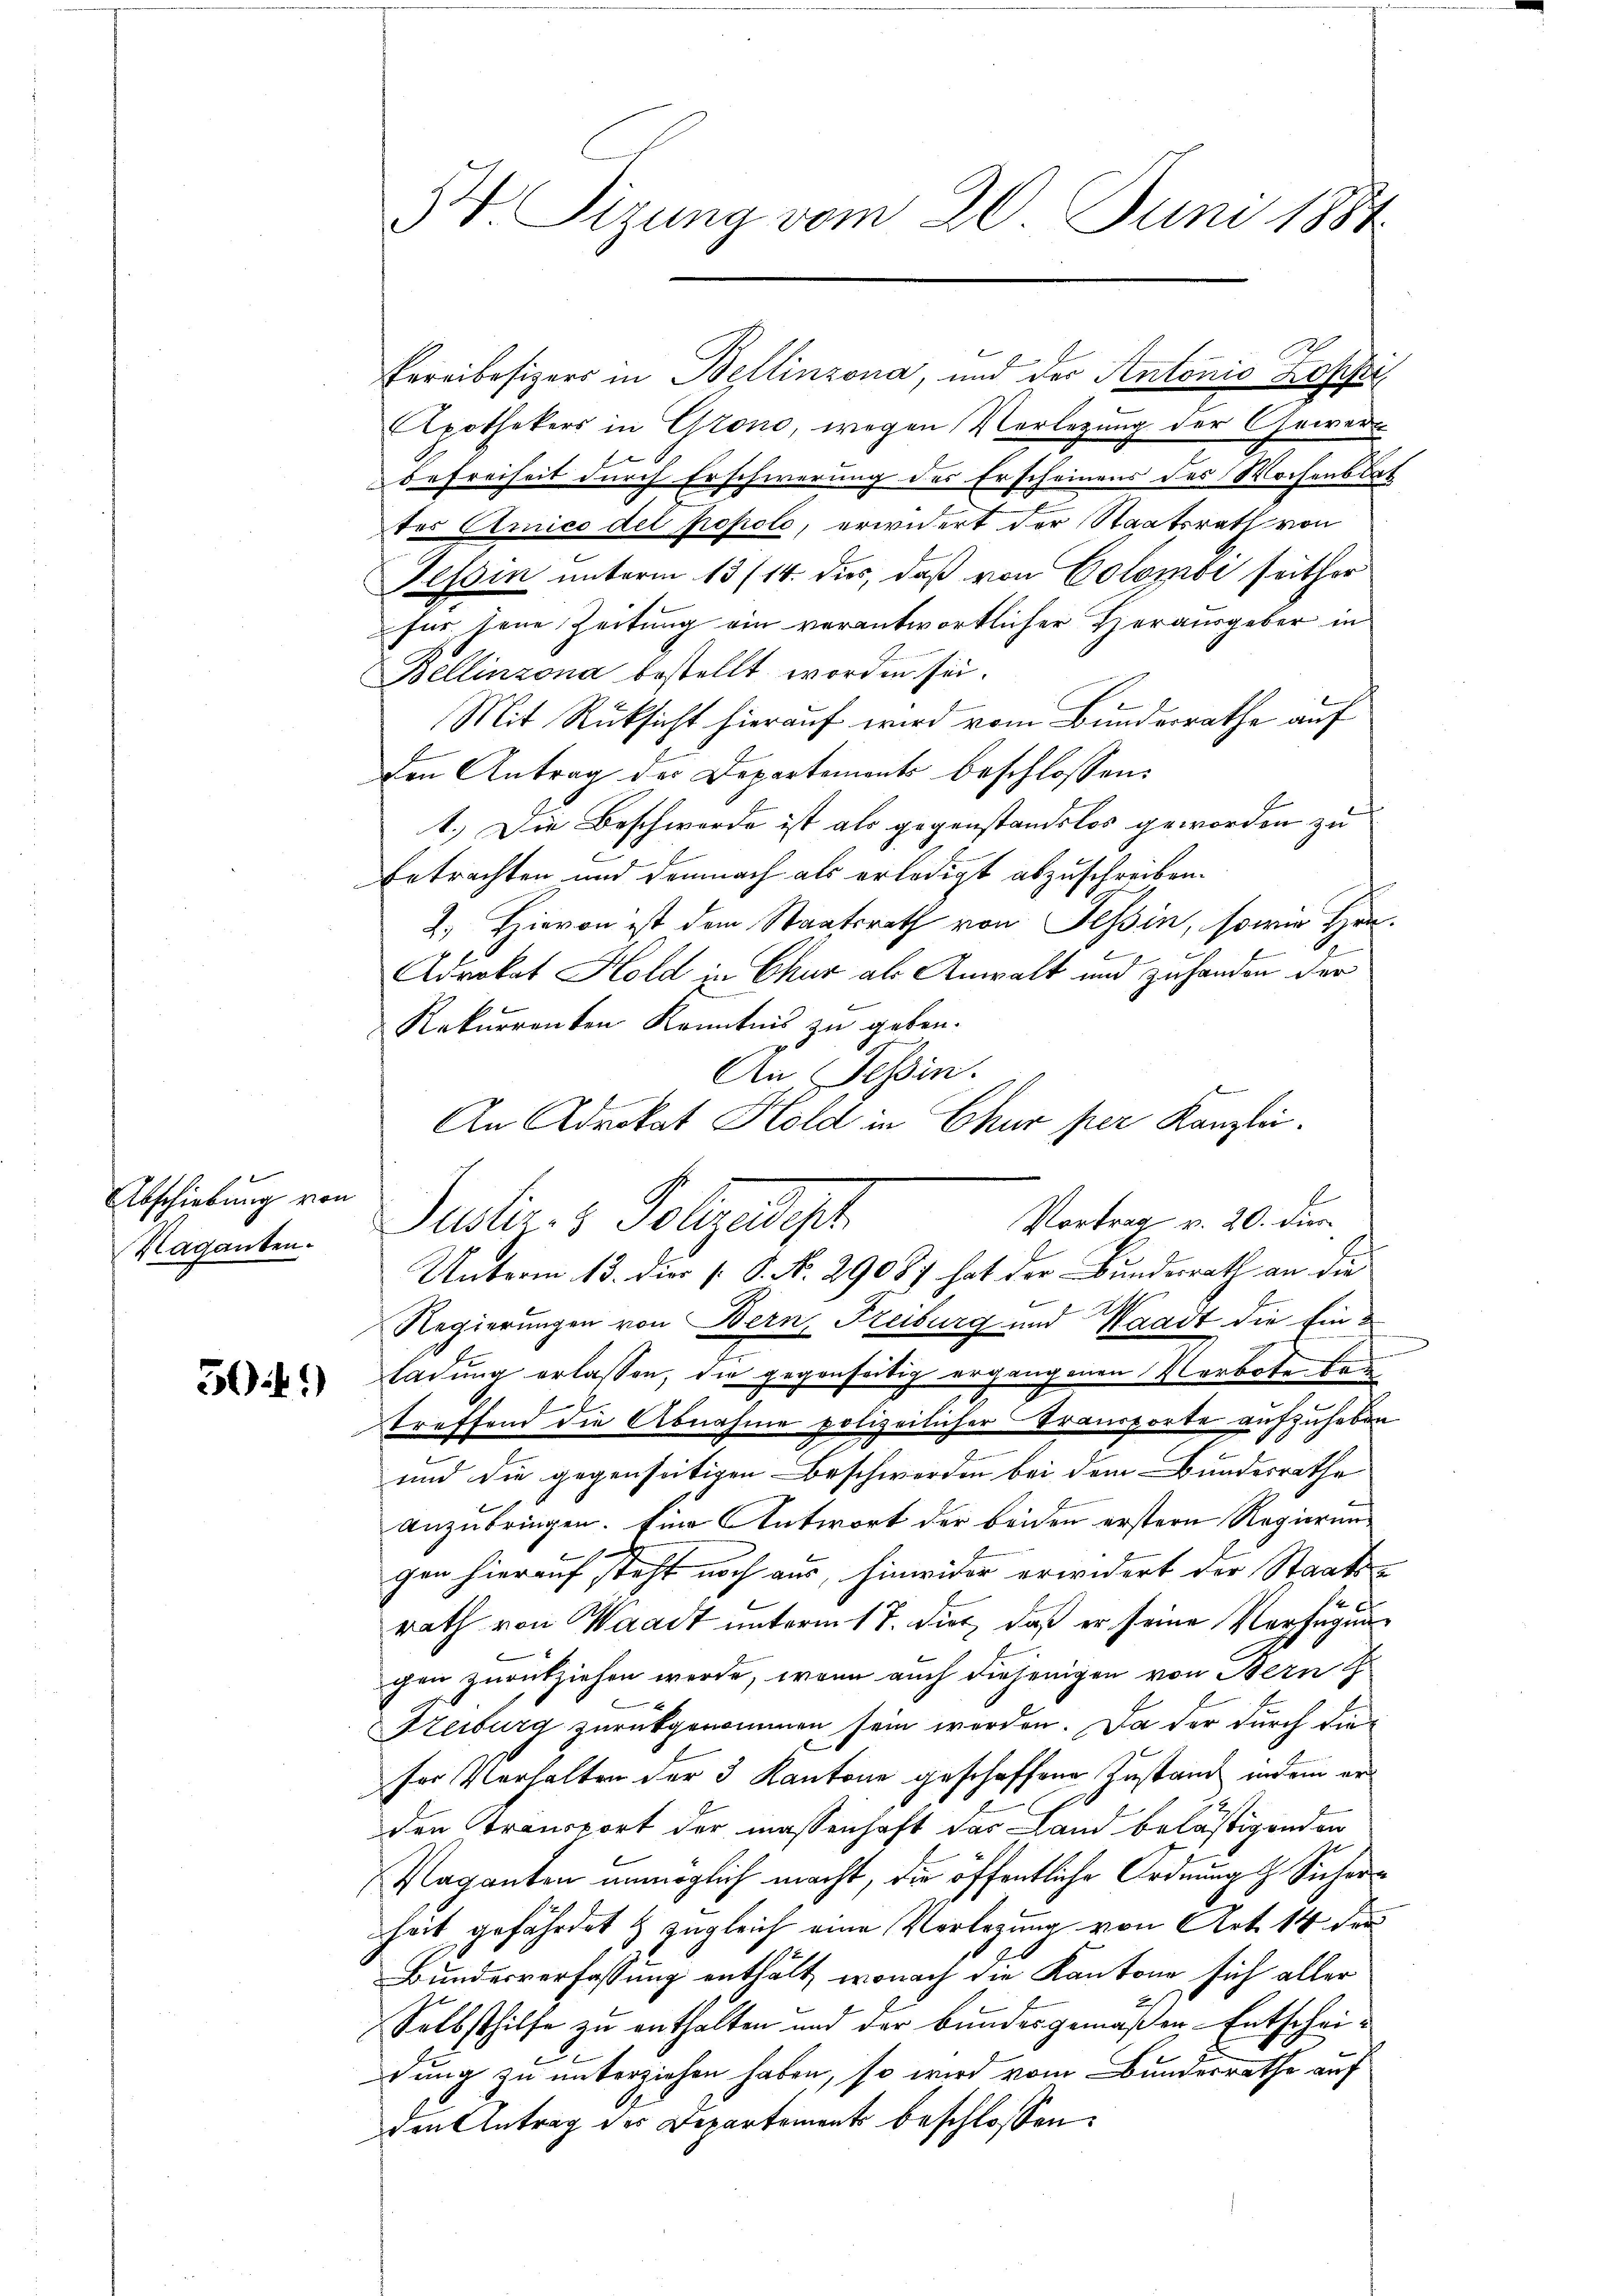
Abschiebung von
Kaganten.

541)

3. Sizung vom 20. Juni 1884.

Bereibesizers in Bellinzona, und der Antonio Rossi
Apothekers in Grono, wegen Verlegung der Gewerbefreiheit durch Erschwerung des Erscheinens des Wochenstat
tes Amico del propole, erwidert der Staatsrath von
Tessin unterm 13/14. dies, daß von Colomi seither
für tene Zeitung ein verantwortlicher Herausgeber in
Bellinzona bestellt worden sei.
Mit Rücksicht hierauf wird vom Bunderrathe auf
den Antrag des Departements beschlossen:
1.) Die Beschwerde ist als gegenstandslos geworden zu
betrachten und demnach als erledigt abzuschreiben.
2. Hievon ist dem Staatsrath von Tessin, sowie Hrn.
Adrokat Hold in Chur als Anwalt und zuhanden der
Rekurrenten Kenntnis zu geben.
An Tessin.
An Advokat Hold in Chur per Kanzlei.
Justiz- & Polizeipt
Unterm 13. die [ P. No. 29087 hat der Bundesrath an die
Regierungen von Bern, Freiburg und Waadt die Einladung erlassen, die gegenseitig ergangenen Verbote bei
treffend die Abnahme polizeilicher Transporte aufzuheben.
e
und die gegenseitigen Beschwerden bei dem Bundesrathe
anzubringen. Eine Antwort der beiden erstern Regierungen hierauf steht noch aus, hinwider erwidert der Staats-
rath von Waadt unterm 17. dies, daß er seine Verfügung
chen zurückziehen werde, wenn auch diejenigen von Nein G
Freiburg zurückgenommen sein werden. Da der durch dieser Verhalten der 3 Kantone geschaffene Anstand indem er
I
den Transport der massenhaft das Land belästigenden
Vaganten unmöglich macht, die öffentliche Ordnung d. Sicher
heit gefährdet & zugleich eine Verlegung von Art. 14 der
Bundesverfassung enthält, wonach die Kantone sich aller
Selbsthilfe zu enthalten und der bundesgemäßen Entscheidung zu unterziehen haben, so wird vom Bundesrathe auf
den Antrag des Departements beschlossen:

Vortrag v. 20. die